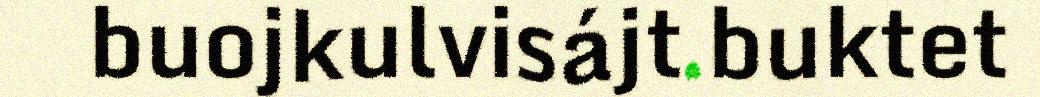
buojkulvisájt buktet